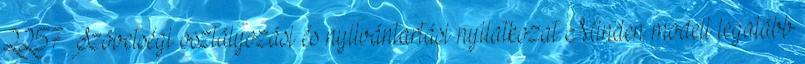
2257 Szövetségi osztályozási és nyilvántartási nyilatkozat Minden modell legalább